Report of the Municipal Commissioner on the plague in Bombay for the year ending 31st May... - Volume 1
Disease focus: Plague
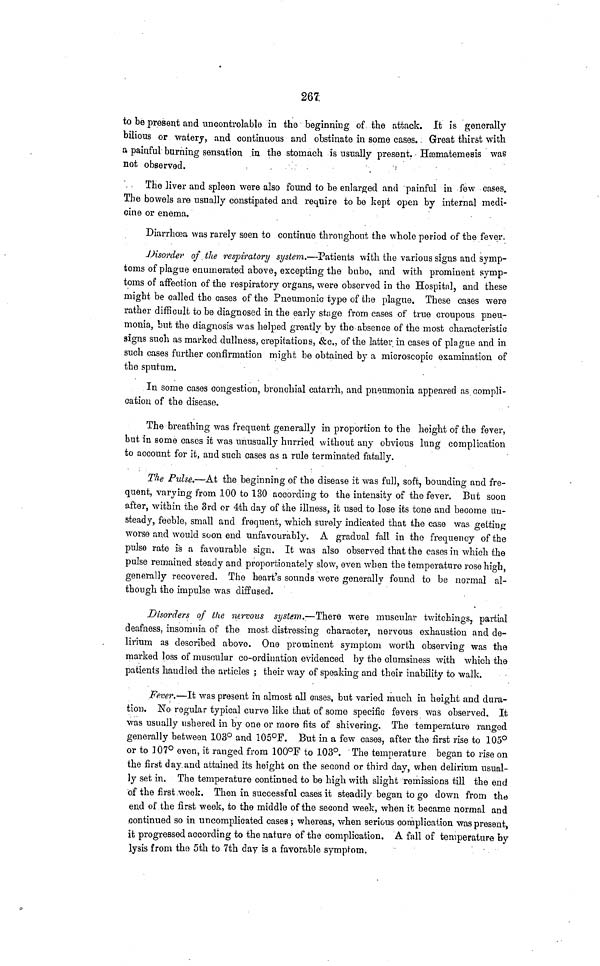
267
to be present and uncontrolable in the beginning of the attack. It is generally
bilious or watery, and continuous and obstinate in some cases. Great thirst with
a painful burning sensation in the stomach is usually present. Hæmatemesis was
not observed.
The liver and spleen were also found to be enlarged and painful in few cases.
The bowels are usually constipated and require to be kept open by internal medi-
cine or enema.
Diarrhoea was rarely seen to continue throughout the whole period of the fever.
Disorder of the respiratory system.—Patients with the various signs and symp-
toms of plague enumerated above, excepting the bubo, and with prominent symp-
toms of affection of the respiratory organs, were observed in the Hospital, and these
might be called the cases of the Pneumonic type of the plague. These cases were
rather difficult to be diagnosed in the early stage from cases of true croupous pneu-
monia, but the diagnosis was helped greatly by the absence of the most characteristic
signs such as marked dullness, crepitations, &c., of the latter in cases of plague and in
such cases further confirmation might be obtained by a microscopic examination of
the sputum.
In some cases congestion, bronchial catarrh, and pneumonia appeared as compli-
cation of the disease.
The breathing was frequent generally in proportion to the height of the fever,
but in some cases it was unusually hurried without any obvious lung complication
to account for it, and such cases as a rule terminated fatally.
The Pulse.—At the beginning of the disease it was full, soft, bounding and fre-
quent, varying from 100 to 130 according to the intensity of the fever. But soon
after, within the 3rd or 4th day of the illness, it used to lose its tone and become un-
steady, feeble, small and frequent, which surely indicated that the case was getting
worse and would soon end unfavourably. A gradual fall in the frequency of the
pulse rate is a favourable sign. It was also observed that the cases in which the
pulse remained steady and proportionately slow, even when the temperature rose high,
generally recovered. The heart's sounds were generally found to be normal al-
though the impulse was diffused.
Disorders of the nervous system.—There were muscular twitchings, partial
deafness, insomnia of the most distressing character, nervous exhaustion and de-
lirium as described above. One prominent symptom worth observing was the
marked loss of muscular co-ordination evidenced by the clumsiness with which the
patients handled the articles ; their way of speaking and their inability to walk.
Fever.—It was present in almost all cases, but varied much in height and dura-
tion. No regular typical curve like that of some specific fevers was observed. It
was usually ushered in by one or more fits of shivering. The temperature ranged
generally between 103° and 105°F. But in a few cases, after the first rise to 105°o
r to 107° even, it ranged from 100°F to 103°. The temperature began to rise on
the first day and attained its height on the second or third day, when delirium usual-
ly set in. The temperature continued to be high with slight remissions till the end
of the first week. Then in successful cases it steadily began to go down from the
end of the first week, to the middle of the second week, when it became normal and
continued so in uncomplicated cases ; whereas, when serious complication was present,
it progressed according to the nature of the complication. A fall of temperature by
lysis from the 5th to 7th day is a favorable symptom.